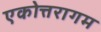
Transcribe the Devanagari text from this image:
एकोत्तरागम